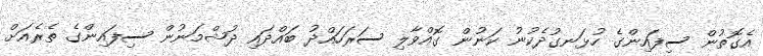
އެގޮތުން ސިފައިންގެ ހުޅަނގުދެކުނު ކަނުން ގޮއްވާލި ސަރަހައްދު ބައްދައި ދުޝްމަނުން ސިފައިންގެ ތެރެއަށް